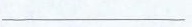
___